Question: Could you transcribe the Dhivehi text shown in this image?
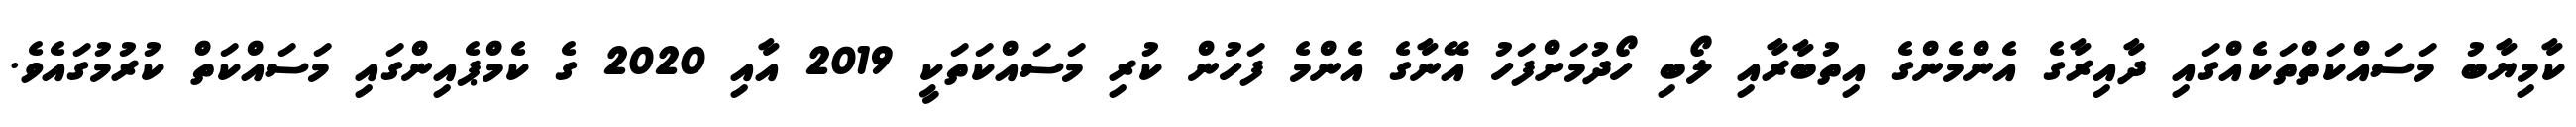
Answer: ކާމިޔާބު މަސައްކަތްތަކެއްގައި ދާއިރާގެ އެންމެންގެ އިތުބާރާއި ލޯބި ހޯދުމަށްފަހު އޭނާގެ އެންމެ ފަހުން ކުރި މަސައްކަތަކީ 2019 އާއި 2020 ގެ ކެމްޕެއިންގައި މަސައްކަތް ކުރުމުގައެވެ.